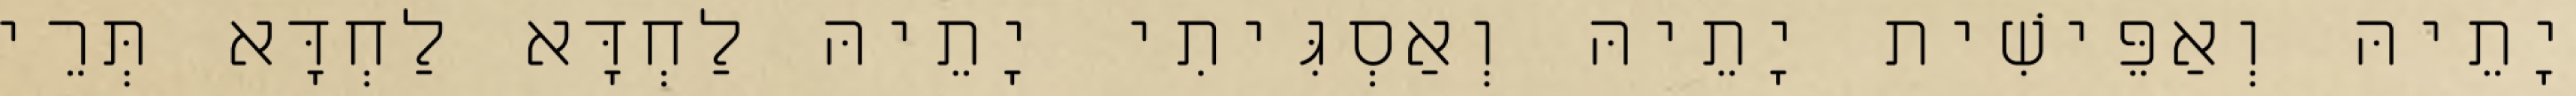
יָתֵיהּ וְאַפֵּישִׁית יָתֵיהּ וְאַסְגִּיתִי יָתֵיהּ לַחְדָּא לַחְדָּא תְּרֵי